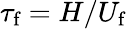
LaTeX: \tau_{\textrm{f}}=H/U_{\textrm{f}}